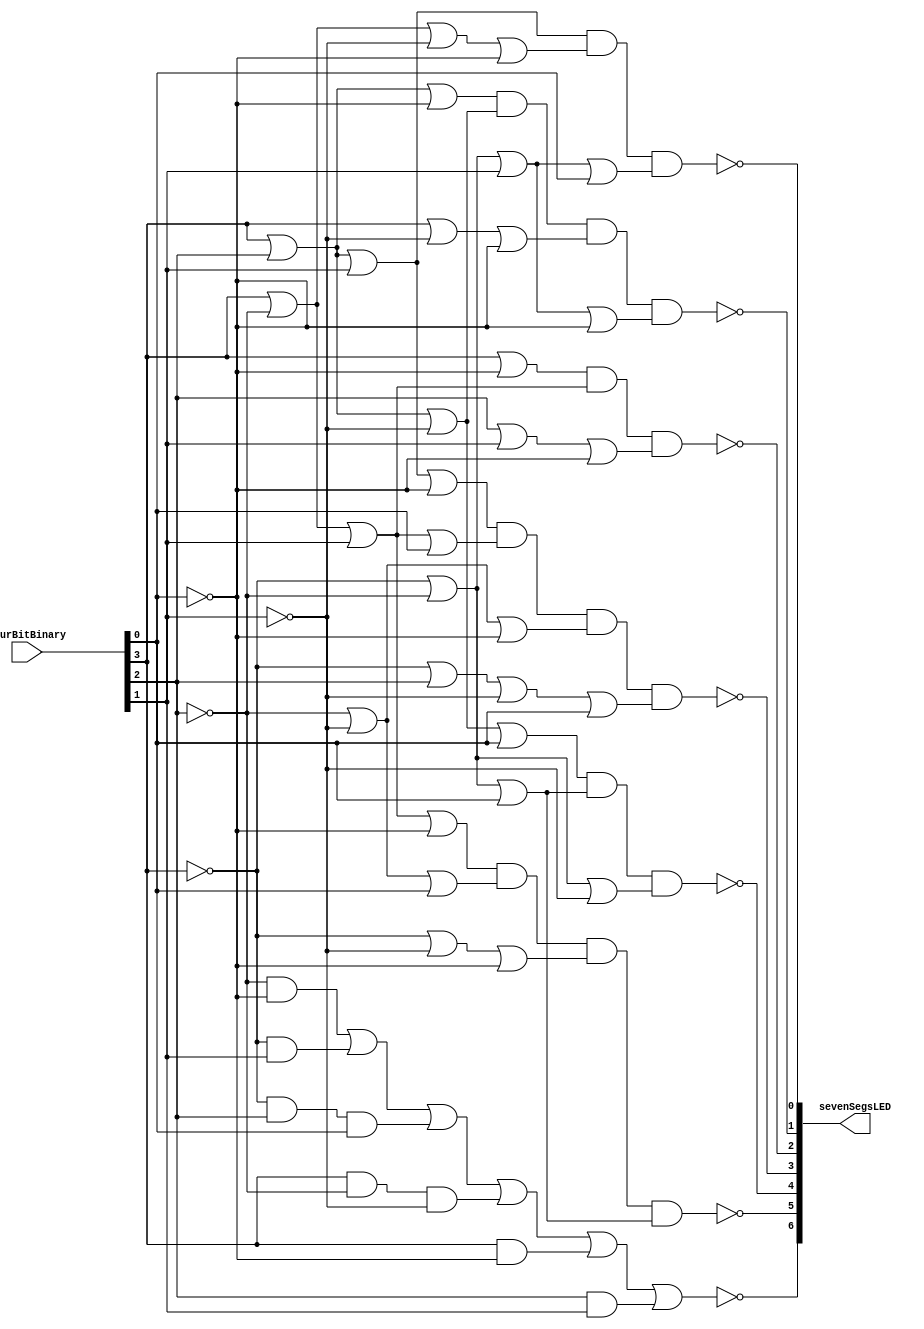
// previously from lab 3 and lab 2. this is my own work.

// slight change because the led input was wired backword. 

module sevenSegsLedOutput(fourBitBinary, sevenSegsLED);

	input wire [3:0]  fourBitBinary;
	output [6:0]  sevenSegsLED;
	
	wire a = fourBitBinary[3];
	wire b = fourBitBinary[2];
	wire c = fourBitBinary[1];
	wire d = fourBitBinary[0];
	
	reg zero;
	reg one;
	reg two;
	reg three;
	reg four;
	reg five;
	reg six;

	always @(a,b,c,d) 
	begin
	
	// I used the k-map to find the smallest
	zero = ~((~b & ~d) | (~a & c) | (~a & b & d) | (a & ~b & ~c) | (a & ~d) | (b & c));
	one = ~((a | ~b | c | ~d) & (~b | ~c | d) & (~a | ~c | ~d) & (~a | ~b | d));
	two = ~((a | b | ~c | d) & (~a | ~b | d) & (~a | ~b | ~c));
	three = ~((a | b | c | ~d) & (a | ~b | c | d) & (~b | ~c | ~d) & (~a | b | ~c | d));
	four = ~((a | ~d) & (a | ~b | c) & (b | c | ~d));
	five = ~((a | b | ~d) & (a | b | ~c) & (a | ~c | ~d) & (~a | ~b | c | ~d));	
	six = ~((a | b | c) & (a | ~b | ~c | ~d) & (~a | ~b | c | d));

	end
	
	// kind of sketch, hope this meets the requirement of having one input and one output.
	assign sevenSegsLED[0] = six;
	assign sevenSegsLED[1] = five;
	assign sevenSegsLED[2] = four;
	assign sevenSegsLED[3] = three;
	assign sevenSegsLED[4] = two;
	assign sevenSegsLED[5] = one;
	assign sevenSegsLED[6] = zero;


endmodule